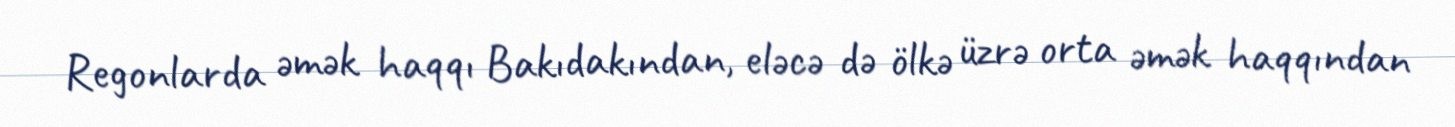
Regonlarda əmək haqqı Bakıdakından, eləcə də ölkə üzrə orta əmək haqqından